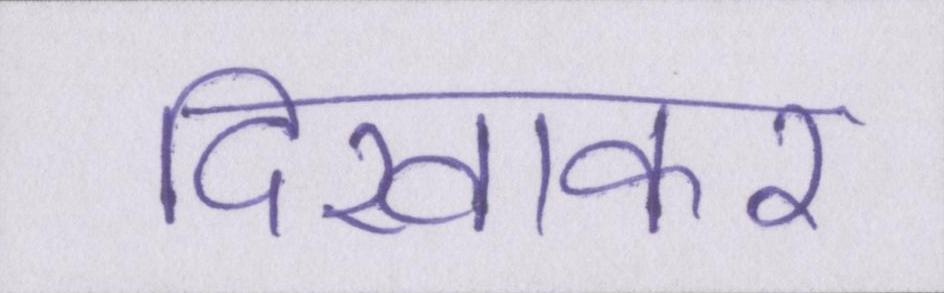
दिखाकर